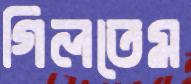
গিলতেম